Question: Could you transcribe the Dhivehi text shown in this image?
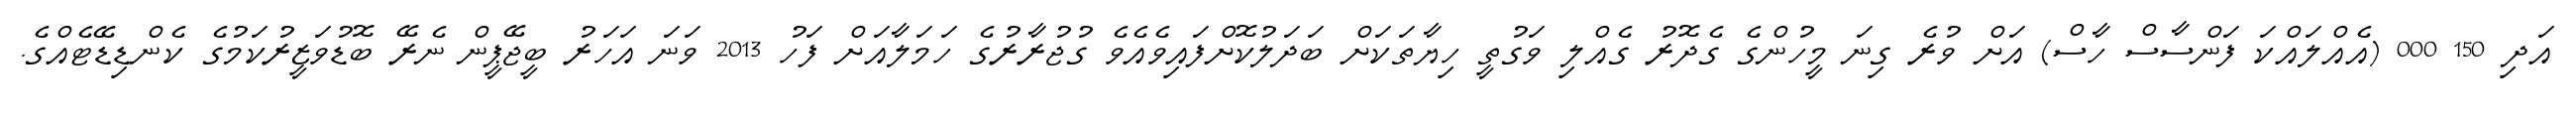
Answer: އަދި 150 000 (އެއްލައްކަ ފަންސާސް ހާސް) އަށް ވުރެ ގިނަ މީހުންގެ ގެދޮރު ގެއްލި ވަގުތީ ހިޔާތަކަށް ބަދަލުކޮށްފައިވެއެވެ ގުޖުރާރުގެ ހަމަލާއަށް ފަހު 2013 ވަނަ އަހަރު ބީޖޭޕީން ނެރޭ ބޮޑުވަޒީރުކަމުގެ ކެންޑިޑޭޓެއްގެ.